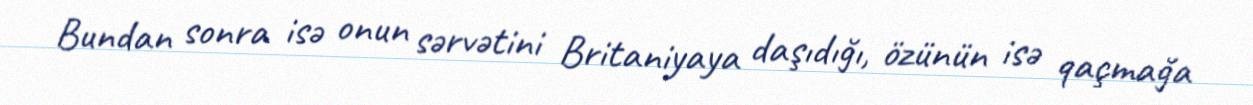
Bundan sonra isə onun sərvətini Britaniyaya daşıdığı, özünün isə qaçmağa